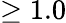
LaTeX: \geq 1.0